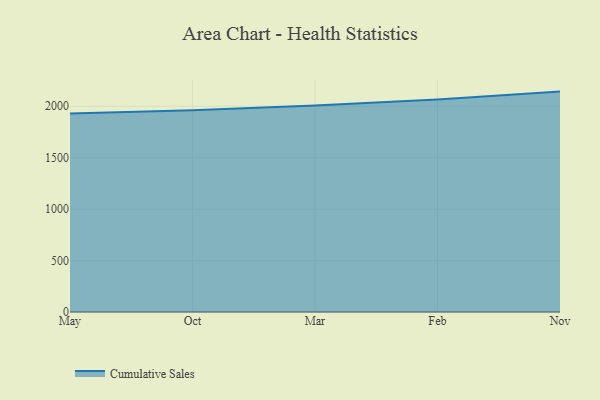
{"axis": {"x": "Month", "y": "Waste Production (Tons)"}, "legend": ["Cumulative Sales"], "data": [{"x": "May", "y": 1928.9, "type": "Cumulative Sales"}, {"x": "Oct", "y": 1961.8, "type": "Cumulative Sales"}, {"x": "Mar", "y": 2008.2, "type": "Cumulative Sales"}, {"x": "Feb", "y": 2066.6, "type": "Cumulative Sales"}, {"x": "Nov", "y": 2142.3, "type": "Cumulative Sales"}]}